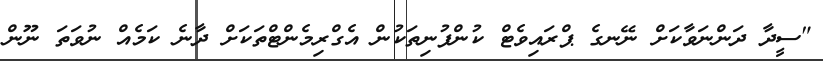
"ސީދާ ދަންނަވާކަށް ނޭނގެ ޕްރައިވެޓް ކުންފުނިތަކުން އެގްރިމެންޓްތަކަށް ދާނެ ކަމެއް ނުވަތަ ނޫން